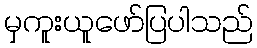
မှကူးယူဖော်ပြပါသည်